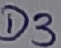
Text: D3